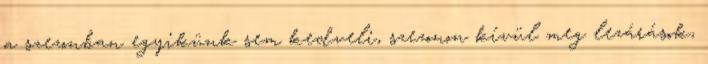
a szezonban egyikünk sem kedveli, szezonon kívül meg lezárások,